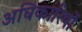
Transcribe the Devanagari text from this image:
अघिकारियों